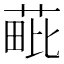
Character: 𦳈